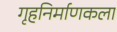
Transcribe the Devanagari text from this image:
गृहनिर्माणकला